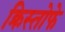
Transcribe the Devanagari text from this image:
क्रिस्तोफे